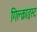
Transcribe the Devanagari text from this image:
गिल्क्राइस्ट